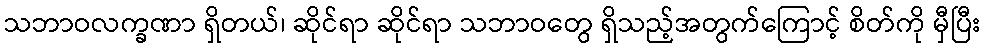
သဘာဝလက္ခဏာ ရှိတယ်၊ ဆိုင်ရာ ဆိုင်ရာ သဘာဝတွေ ရှိသည့်အတွက်ကြောင့် စိတ်ကို မှီပြီး